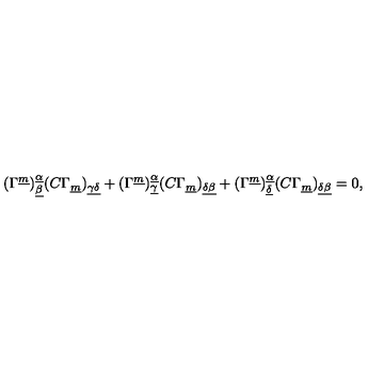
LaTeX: ( \Gamma ^ { \underline { m } } ) _ { \underline { \beta } } ^ { \underline { \alpha } } ( C \Gamma _ { \underline { m } } ) _ { \underline { { \gamma \delta } } } + ( \Gamma ^ { \underline { m } } ) _ { \underline { \gamma } } ^ { \underline { \alpha } } ( C \Gamma _ { \underline { m } } ) _ { \underline { { \delta \beta } } } + ( \Gamma ^ { \underline { m } } ) _ { \underline { \delta } } ^ { \underline { \alpha } } ( C \Gamma _ { \underline { m } } ) _ { \underline { { \delta \beta } } } = 0 ,